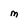
Character: m